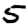
Digit: 5